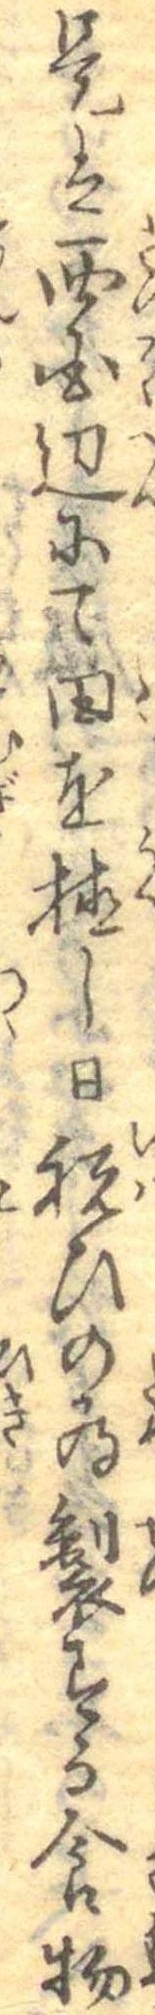
是は西国辺にて田を植し日祝ひの為製する食物